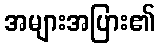
အများအပြား၏